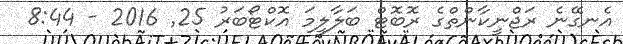
އެނގޭނެ ރަޖްނީކާންތްގެ ރޮބޮޓް ބަލާލީމަ އޮކްޓޯބަރު 25